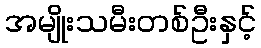
အမျိုးသမီးတစ်ဦးနှင့်